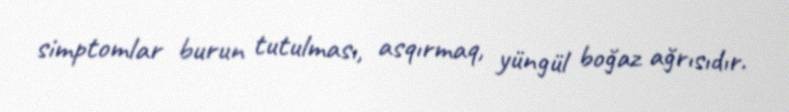
simptomlar burun tutulması, asqırmaq, yüngül boğaz ağrısıdır.